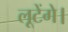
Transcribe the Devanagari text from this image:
लूटेंगे।